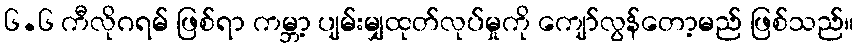
၆.၆ ကီလိုဂရမ် ဖြစ်ရာ ကမ္ဘာ့ ပျမ်းမျှထုတ်လုပ်မှုကို ကျော်လွန်တော့မည် ဖြစ်သည်။